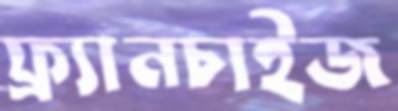
ফ্র্যানচাইজ